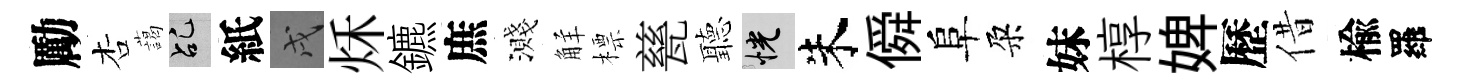
勵杏藹乩紙戌秌鑣庶濺觧標甆聽恍朱僢阜朶妹椁婢歷借楡羅